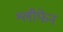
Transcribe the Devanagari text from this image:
श्लीफेन